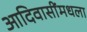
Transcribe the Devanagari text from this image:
आदिवासींमधला